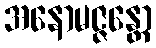
အနောမဇ္ဇန္တော